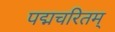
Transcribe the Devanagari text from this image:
पद्मचरितम्